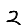
Digit: 2